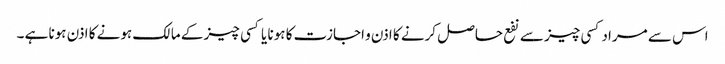
اس سے مراد کسی چیز سے نفع حاصل کرنے کا اذن و اجازت کا ہونا یا کسی چیز کے مالک ہونے کا اذن ہونا ہے ۔